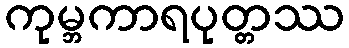
ကုမ္ဘကာရပုတ္တဿ